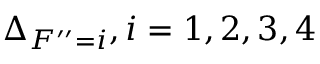
\Delta _ { F ^ { \prime \prime } = i } , i = 1 , 2 , 3 , 4